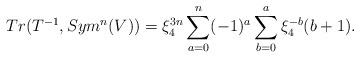
LaTeX: \begin{align*}Tr(T^{-1}, Sym^n(V)) &= \xi_4^{3n} \sum_{a=0}^n (-1)^{a} \sum_{b=0}^a \xi_4^{-b}(b+1). \end{align*}